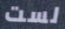
لست